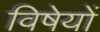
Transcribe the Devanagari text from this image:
विषेयों